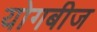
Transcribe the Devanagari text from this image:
योगबीज